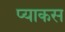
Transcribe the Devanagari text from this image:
प्याकस